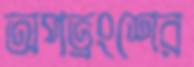
অপভ্রংশের